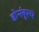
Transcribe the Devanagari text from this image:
डोर्नबुस्च